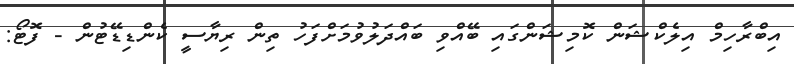
އިބްރާހިމް އިލެކްޝަން ކޮމިޝަންގައި ބޭއްވި ބައްދަލުވުމަށްފަހު ތިން ރިޔާސީ ކެންޑިޑޭޓުން - ފޮޓޯ: